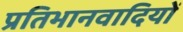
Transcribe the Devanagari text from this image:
प्रतिभानवादियों